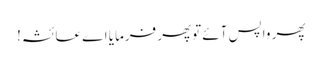
پھر واپس آئے توپھر فرمایا اے عائشہ!